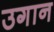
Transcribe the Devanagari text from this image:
उगान